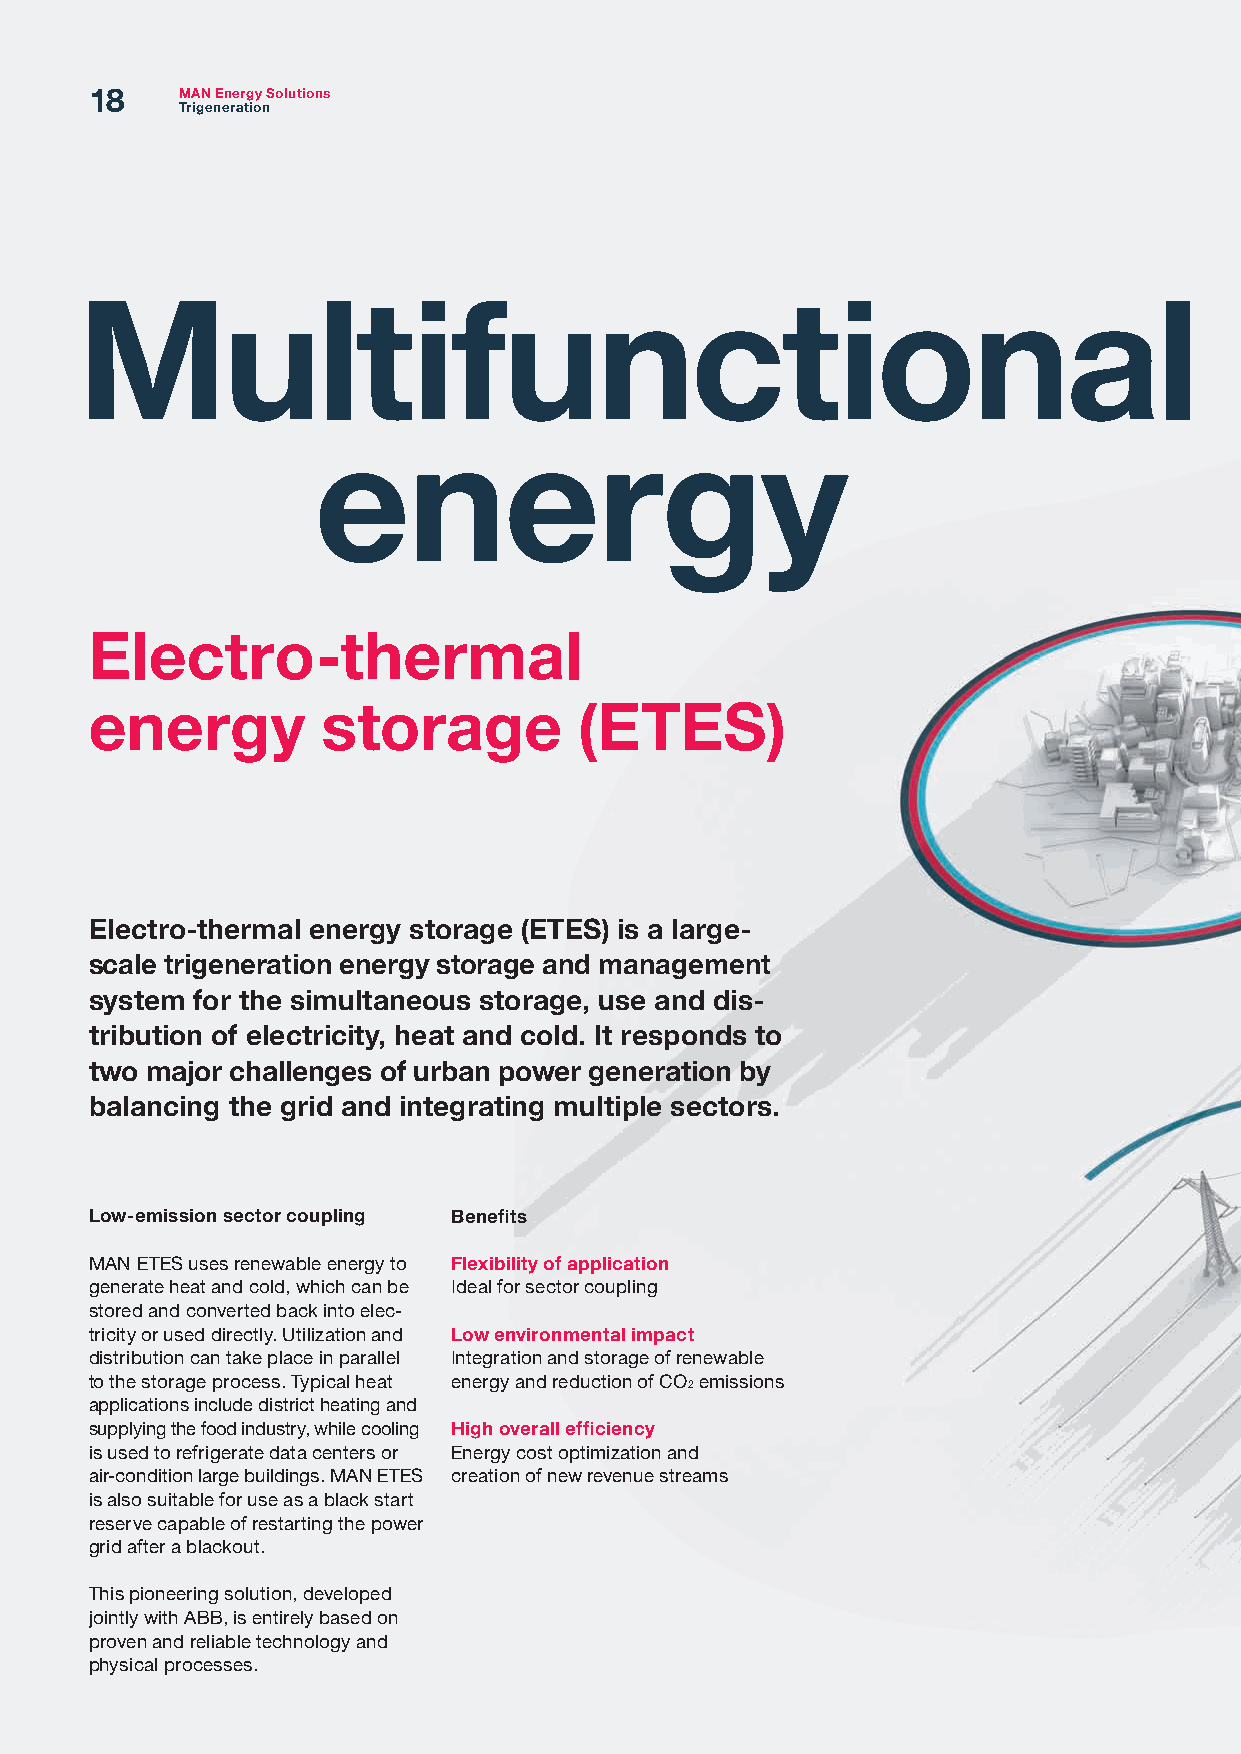
18    MAN Energy Solutions
 Trigeneration
 Multifunctional
 energy
 Electro-thermal
 energy         storage          (ETES)
 Electro-thermal energy storage (ETES) is a large-
 scale trigeneration energy storage and management
 system for the simultaneous storage, use and dis-
 tribution of electricity, heat and cold. It responds to
 two major challenges of urban power generation by
 balancing the grid and integrating multiple sectors.
 Low-emission sector coupling Benefits
 MAN ETES uses renewable energy to Flexibility of application
 generate heat and cold, which can be Ideal for sector coupling
 stored and converted back into elec-
 tricity or used directly. Utilization and Low environmental impact
 distribution can take place in parallel Integration and storage of renewable
 to the storage process. Typical heat energy and reduction of CO2 emissions
 applications include district heating and
 supplying the food industry, while cooling High overall efficiency
 is used to refrigerate data centers or Energy cost optimization and
 air-condition large buildings. MAN ETES creation of new revenue streams
 is also suitable for use as a black start
 reserve capable of restarting the power
 grid after a blackout.
 This pioneering solution, developed
 jointly with ABB, is entirely based on
 proven and reliable technology and
 physical processes.